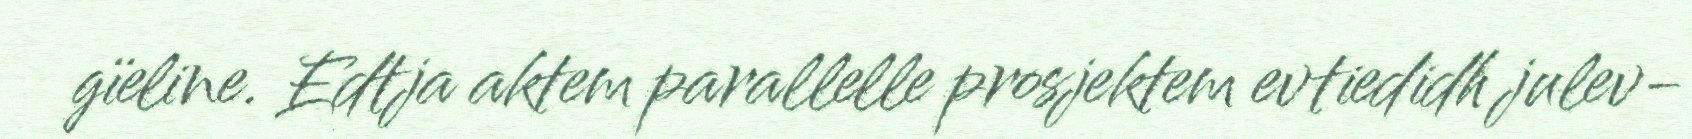
gïeline. Edtja aktem parallelle prosjektem evtiedidh julev-